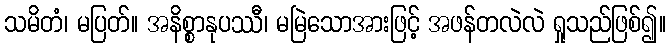
သမိတံ၊ မပြတ်။ အနိစ္စာနုပဿီ၊ မမြဲသောအားဖြင့် အဖန်တလဲလဲ ရှုသည်ဖြစ်၍။